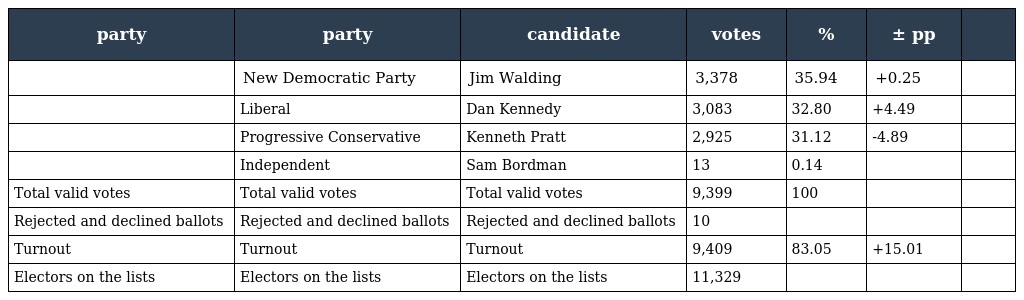
| party | party | candidate | votes | % | ± pp |  |
 | --- | --- | --- | --- | --- | --- | --- |
 |  | New Democratic Party | Jim Walding | 3,378 | 35.94 | +0.25 |  |
 |  | Liberal | Dan Kennedy | 3,083 | 32.80 | +4.49 |  |
 |  | Progressive Conservative | Kenneth Pratt | 2,925 | 31.12 | -4.89 |  |
 |  | Independent | Sam Bordman | 13 | 0.14 |  |  |
 | Total valid votes | Total valid votes | Total valid votes | 9,399 | 100 |  |  |
 | Rejected and declined ballots | Rejected and declined ballots | Rejected and declined ballots | 10 |  |  |  |
 | Turnout | Turnout | Turnout | 9,409 | 83.05 | +15.01 |  |
 | Electors on the lists | Electors on the lists | Electors on the lists | 11,329 |  |  |  |